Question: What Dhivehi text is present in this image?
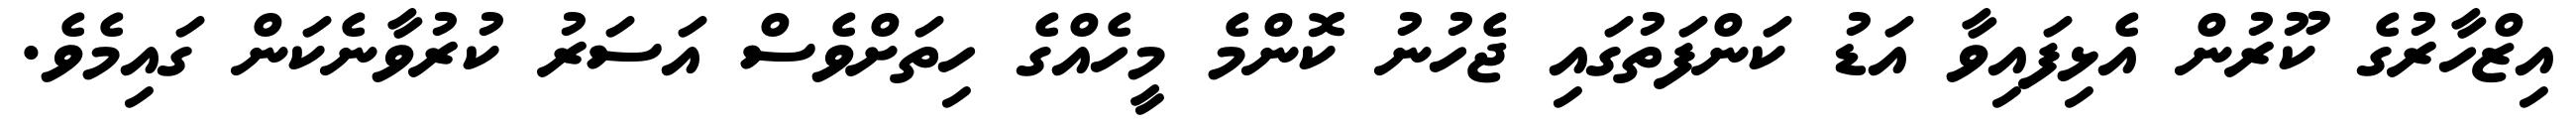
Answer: އިޒްހާރުގެ ކޫރުން އެޅިފައިވާ އަޑު ކަންފަތުގައި ޖެހުނު ކޮންމެ މީހެއްގެ ހިތަށްވެސް އަސަރު ކުރުވާނެކަން ގައިމެވެ.